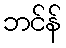
ဘင်န်